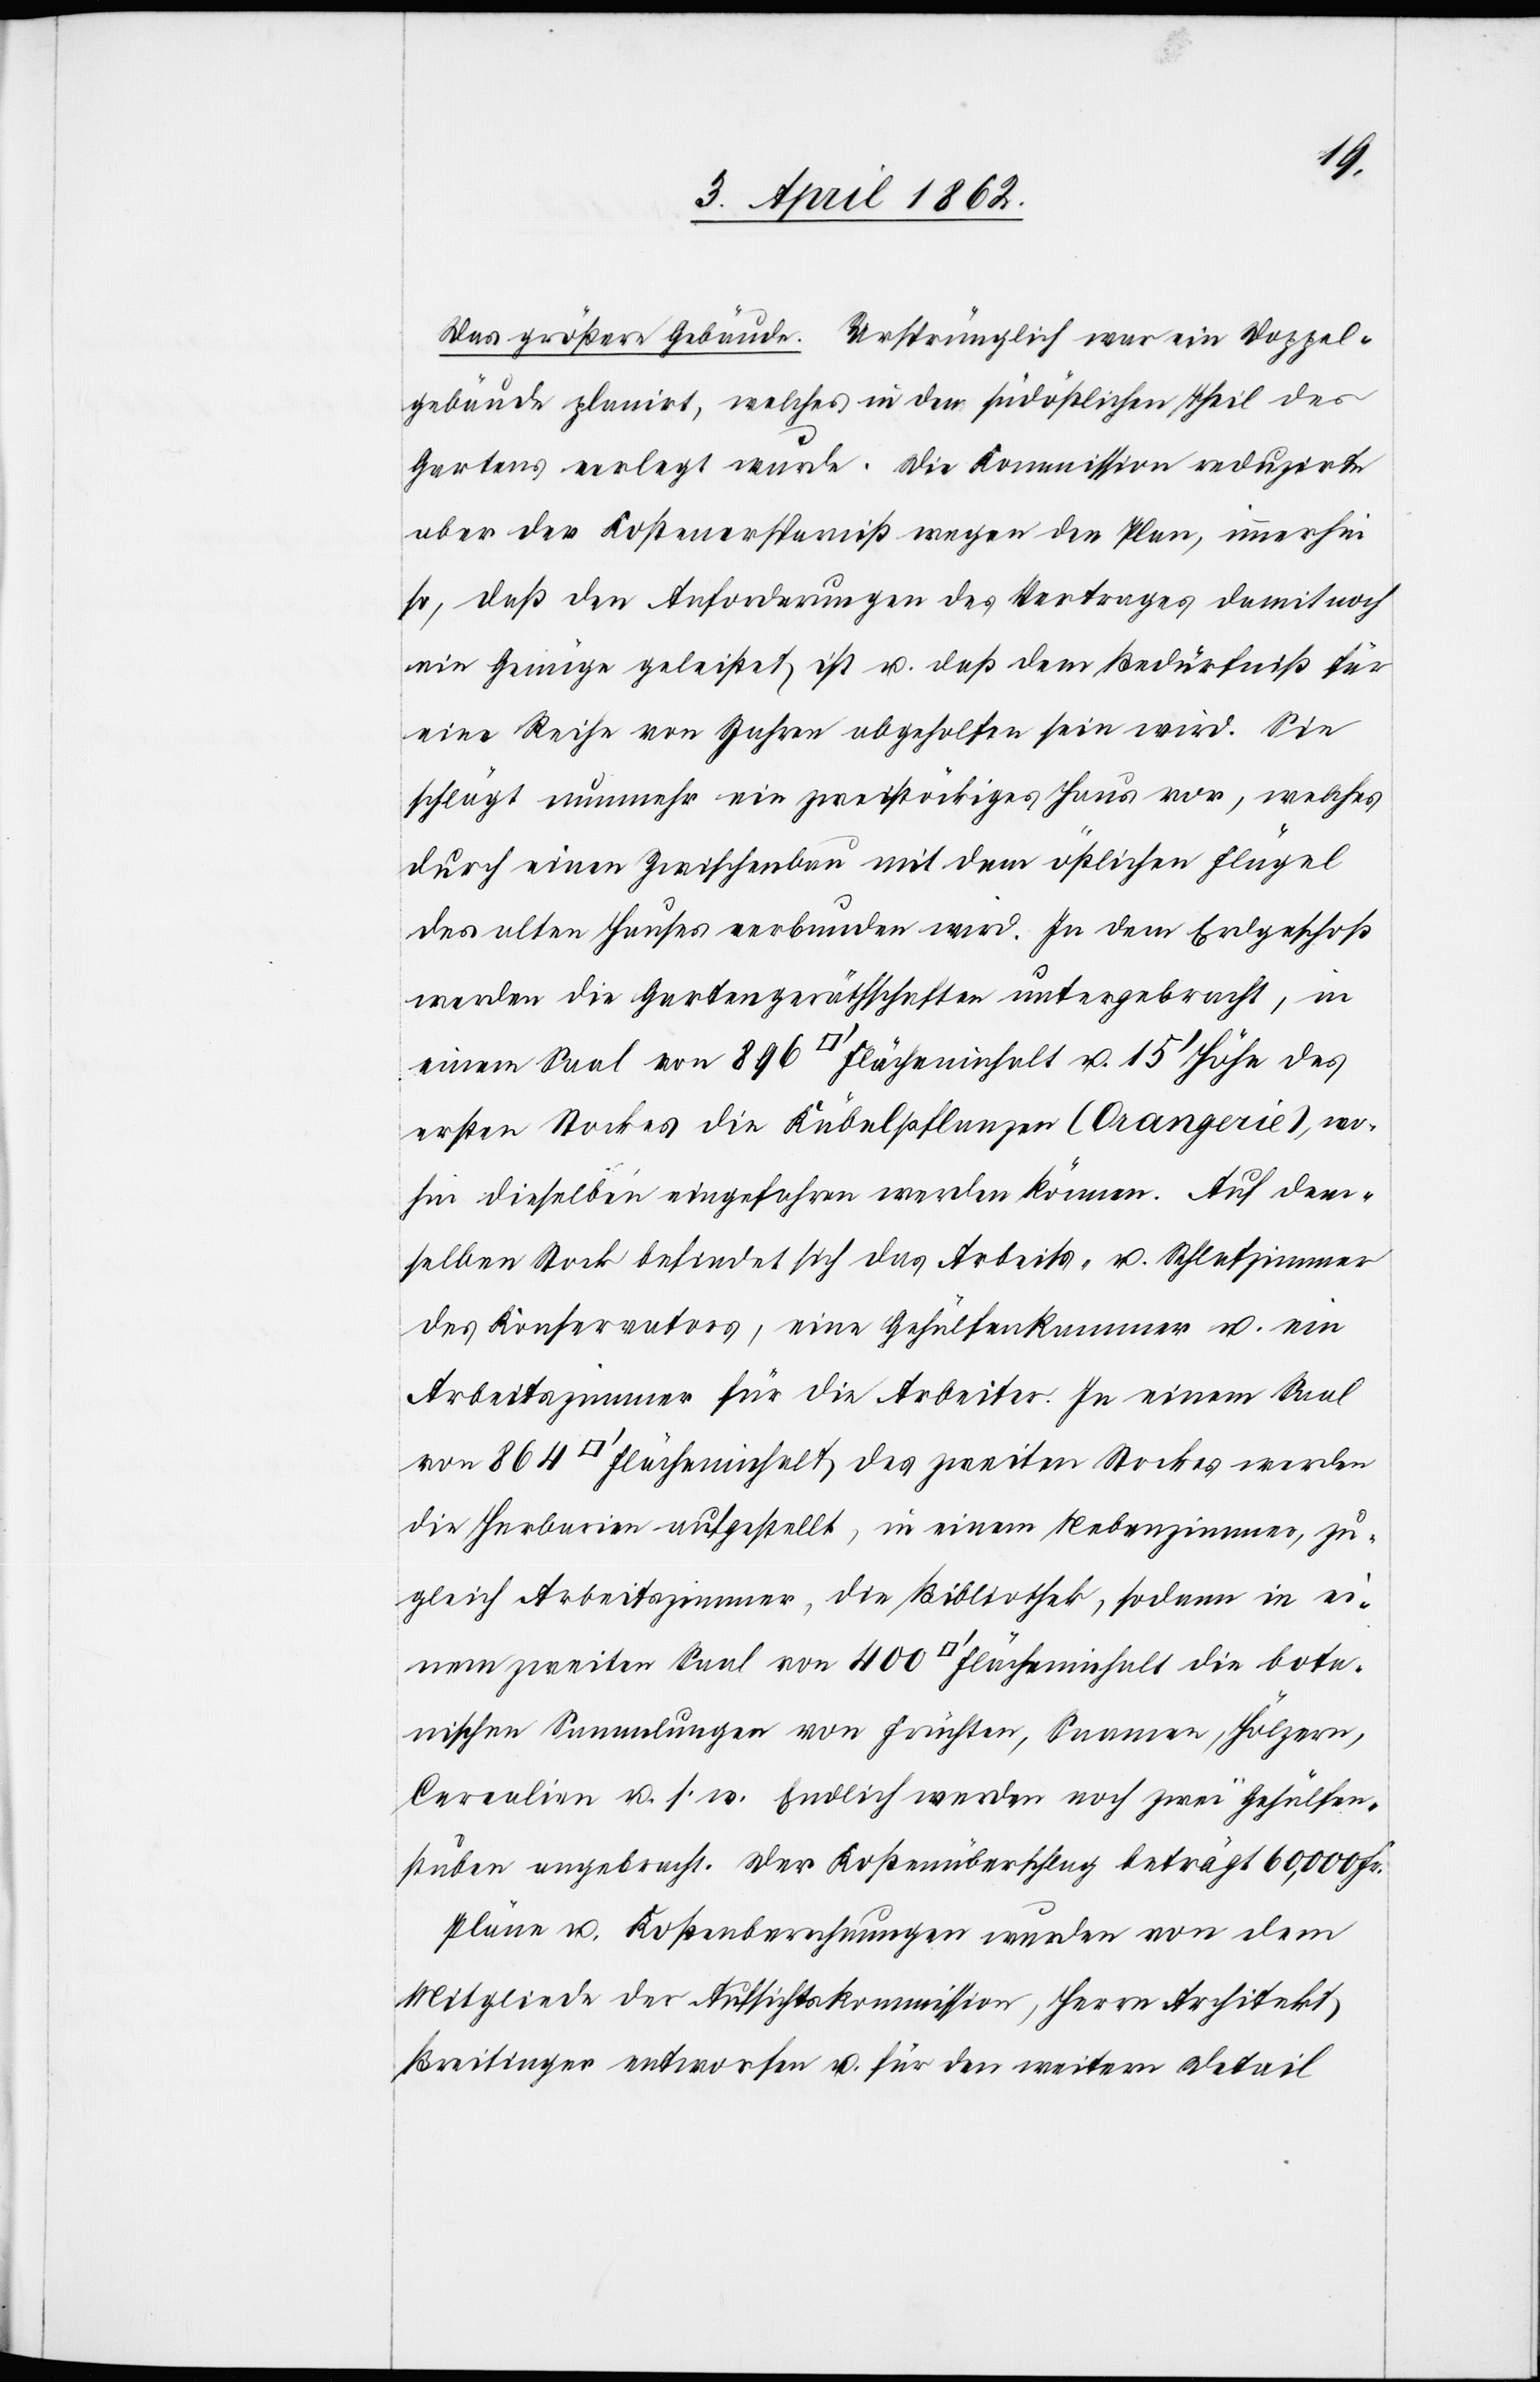
Das größere Gebäude. Ursprünglich war ein Doppel¬
gebäude planirt, welches in den südöstlichen Theil des
Gartens verlegt wurde. Die Kommission reduzirte
aber der Kostenersparniß wegen den Plan, immerhin
so, daß den Anforderungen des Vertrages damit noch
ein Genüge geleistet ist u. daß dem Bedürfniß für
eine Reihe von Jahren abgeholfen sein wird. Sie
schlägt nunmehr ein zweistöckiges Haus vor, welches
durch einen Zwischenbau mit dem östlichen Flügel
des alten Hauses verbunden wird. In dem Erdgeschoß
werden die Gartengeräthschaften untergebracht, in
einem Saal von 896 [Quadratfuß] Flächeninhalt u. 15’ Höhe des
ersten Stockes die Kübelpflanzen (Orangerie), wo¬
hin dieselben eingefahren werden können. Auf dem¬
selben Stock befindet sich das Arbeits- u. Schlafzimmer
des Konservators, eine Gehülfenkammer u. ein
Arbeitszimmer für die Arbeiter. In einem Saal
von 864 [Quadratfuß] Flächeninhalt des zweiten Stockes werden
die Herbarien aufgestellt, in einem Nebenzimmer, zu¬
gleich Arbeitszimmer, die Bibliothek, sodann in ei¬
nem zweiten Saal von 400 [Quadratfuß] Flächeninhalt die bota¬
nischen Sammlungen von Früchten, Samen, Hölzern,
Cerealien u. s. w. Endlich werden noch zwei Gehülfen¬
stuben angebracht. Der Kostenüberschlag beträgt 60,000 Fr.
Pläne u. Kostenberechnungen wurden von dem
Mitgliede der Aufsichtskommission, Herrn Architekt
Breitinger entworfen u. für den weitern Detail